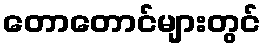
တောတောင်များတွင်